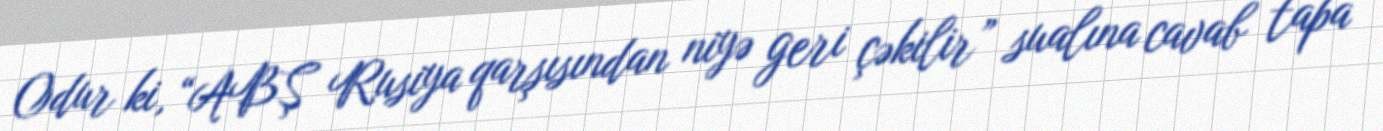
Odur ki, “ABŞ Rusiya qarşısından niyə geri çəkilir” sualına cavab tapa